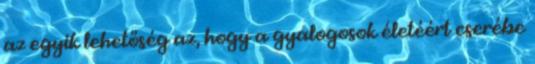
az egyik lehetőség az, hogy a gyalogosok életéért cserébe